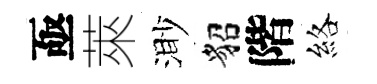
亟萊渺貂階絡